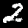
Label: 2